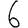
Digit: 6